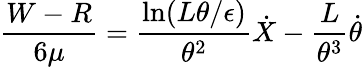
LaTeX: \frac{W-R}{6\mu}=\frac{\ln(L\theta/\epsilon)}{\theta^{2}}\dot{X}-\frac{L}{\theta^{3}}\dot{\theta}